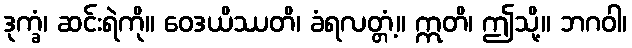
ဒုက္ခံ၊ ဆင်းရဲကို။ ဝေဒယိဿတိ၊ ခံရလတ္တံ့။ ဣတိ၊ ဤသို့။ ဘဂဝါ၊